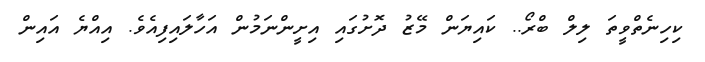
ކިހިނެތްވީތަ ލިލް ބްރޯ.. ކައިޔަން މޭޒު ދޮށުގައި އިށީންނަމުން އަހާލައިފިއެވެ. އިއްޔެ އައިން